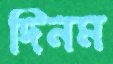
দিনম